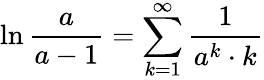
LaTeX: \ln{\frac{a}{a-1}}=\sum_{k=1}^{\infty}{\frac{1}{a^{k}\cdot k}}